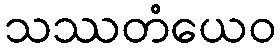
သဿတံယေဝ